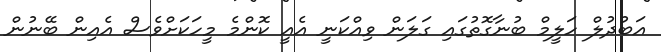
އަބުދުލް ހަލީމް ބުނާގޮތުގައި ގަލަން ވިއްކަނީ އެއީ ކޮންމެ މީހަކަށްވެސް އެއިން ބޭނުން